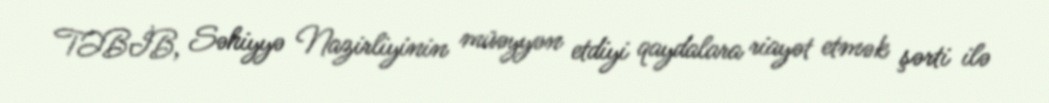
TƏBİB, Səhiyyə Nazirliyinin müəyyən etdiyi qaydalara riayət etmək şərti ilə